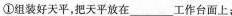
①组装好天平，把天平放在__工作台面上；